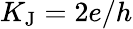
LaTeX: K_{\mathrm{J}}=2e/h